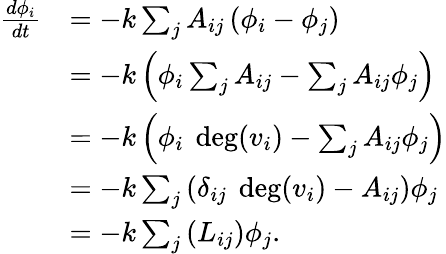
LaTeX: {\begin{array}{rl}{{\frac{d\phi_{i}}{dt}}}&{=-k\sum_{j}A_{ij}\left(\phi_{i}-\phi_{j}\right)}\\ &{=-k\left(\phi_{i}\sum_{j}A_{ij}-\sum_{j}A_{ij}\phi_{j}\right)}\\ &{=-k\left(\phi_{i}\ \deg(v_{i})-\sum_{j}A_{ij}\phi_{j}\right)}\\ &{=-k\sum_{j}\left(\delta_{ij}\ \deg(v_{i})-A_{ij}\right)\phi_{j}}\\ &{=-k\sum_{j}\left(L_{ij}\right)\phi_{j}.}\end{array}}